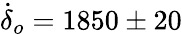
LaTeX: \dot{\delta}_{o}=1850\pm 20